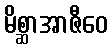
မိစ္ဆာအာဇီဝေ